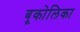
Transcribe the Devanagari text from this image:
बूकोलिका